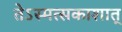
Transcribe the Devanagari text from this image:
तेऽस्मत्सकाशात्